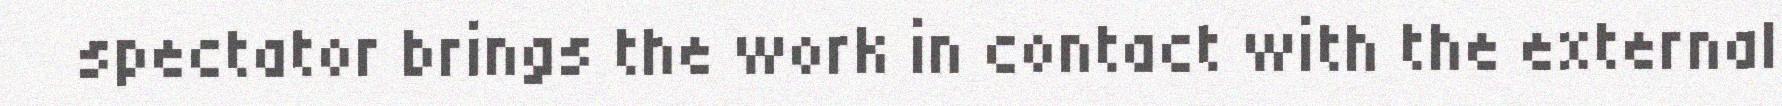
spectator brings the work in contact with the external